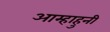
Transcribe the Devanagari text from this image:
आम्हाहुनी